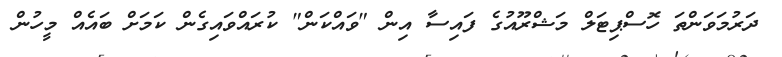
ދަރުމަވަންތަ ހޮސްޕިޓަލް މަޝްރޫއުގެ ފައިސާ އިން "ވައްކަން" ކުރައްވައިގެން ކަމަށް ބައެއް މީހުން